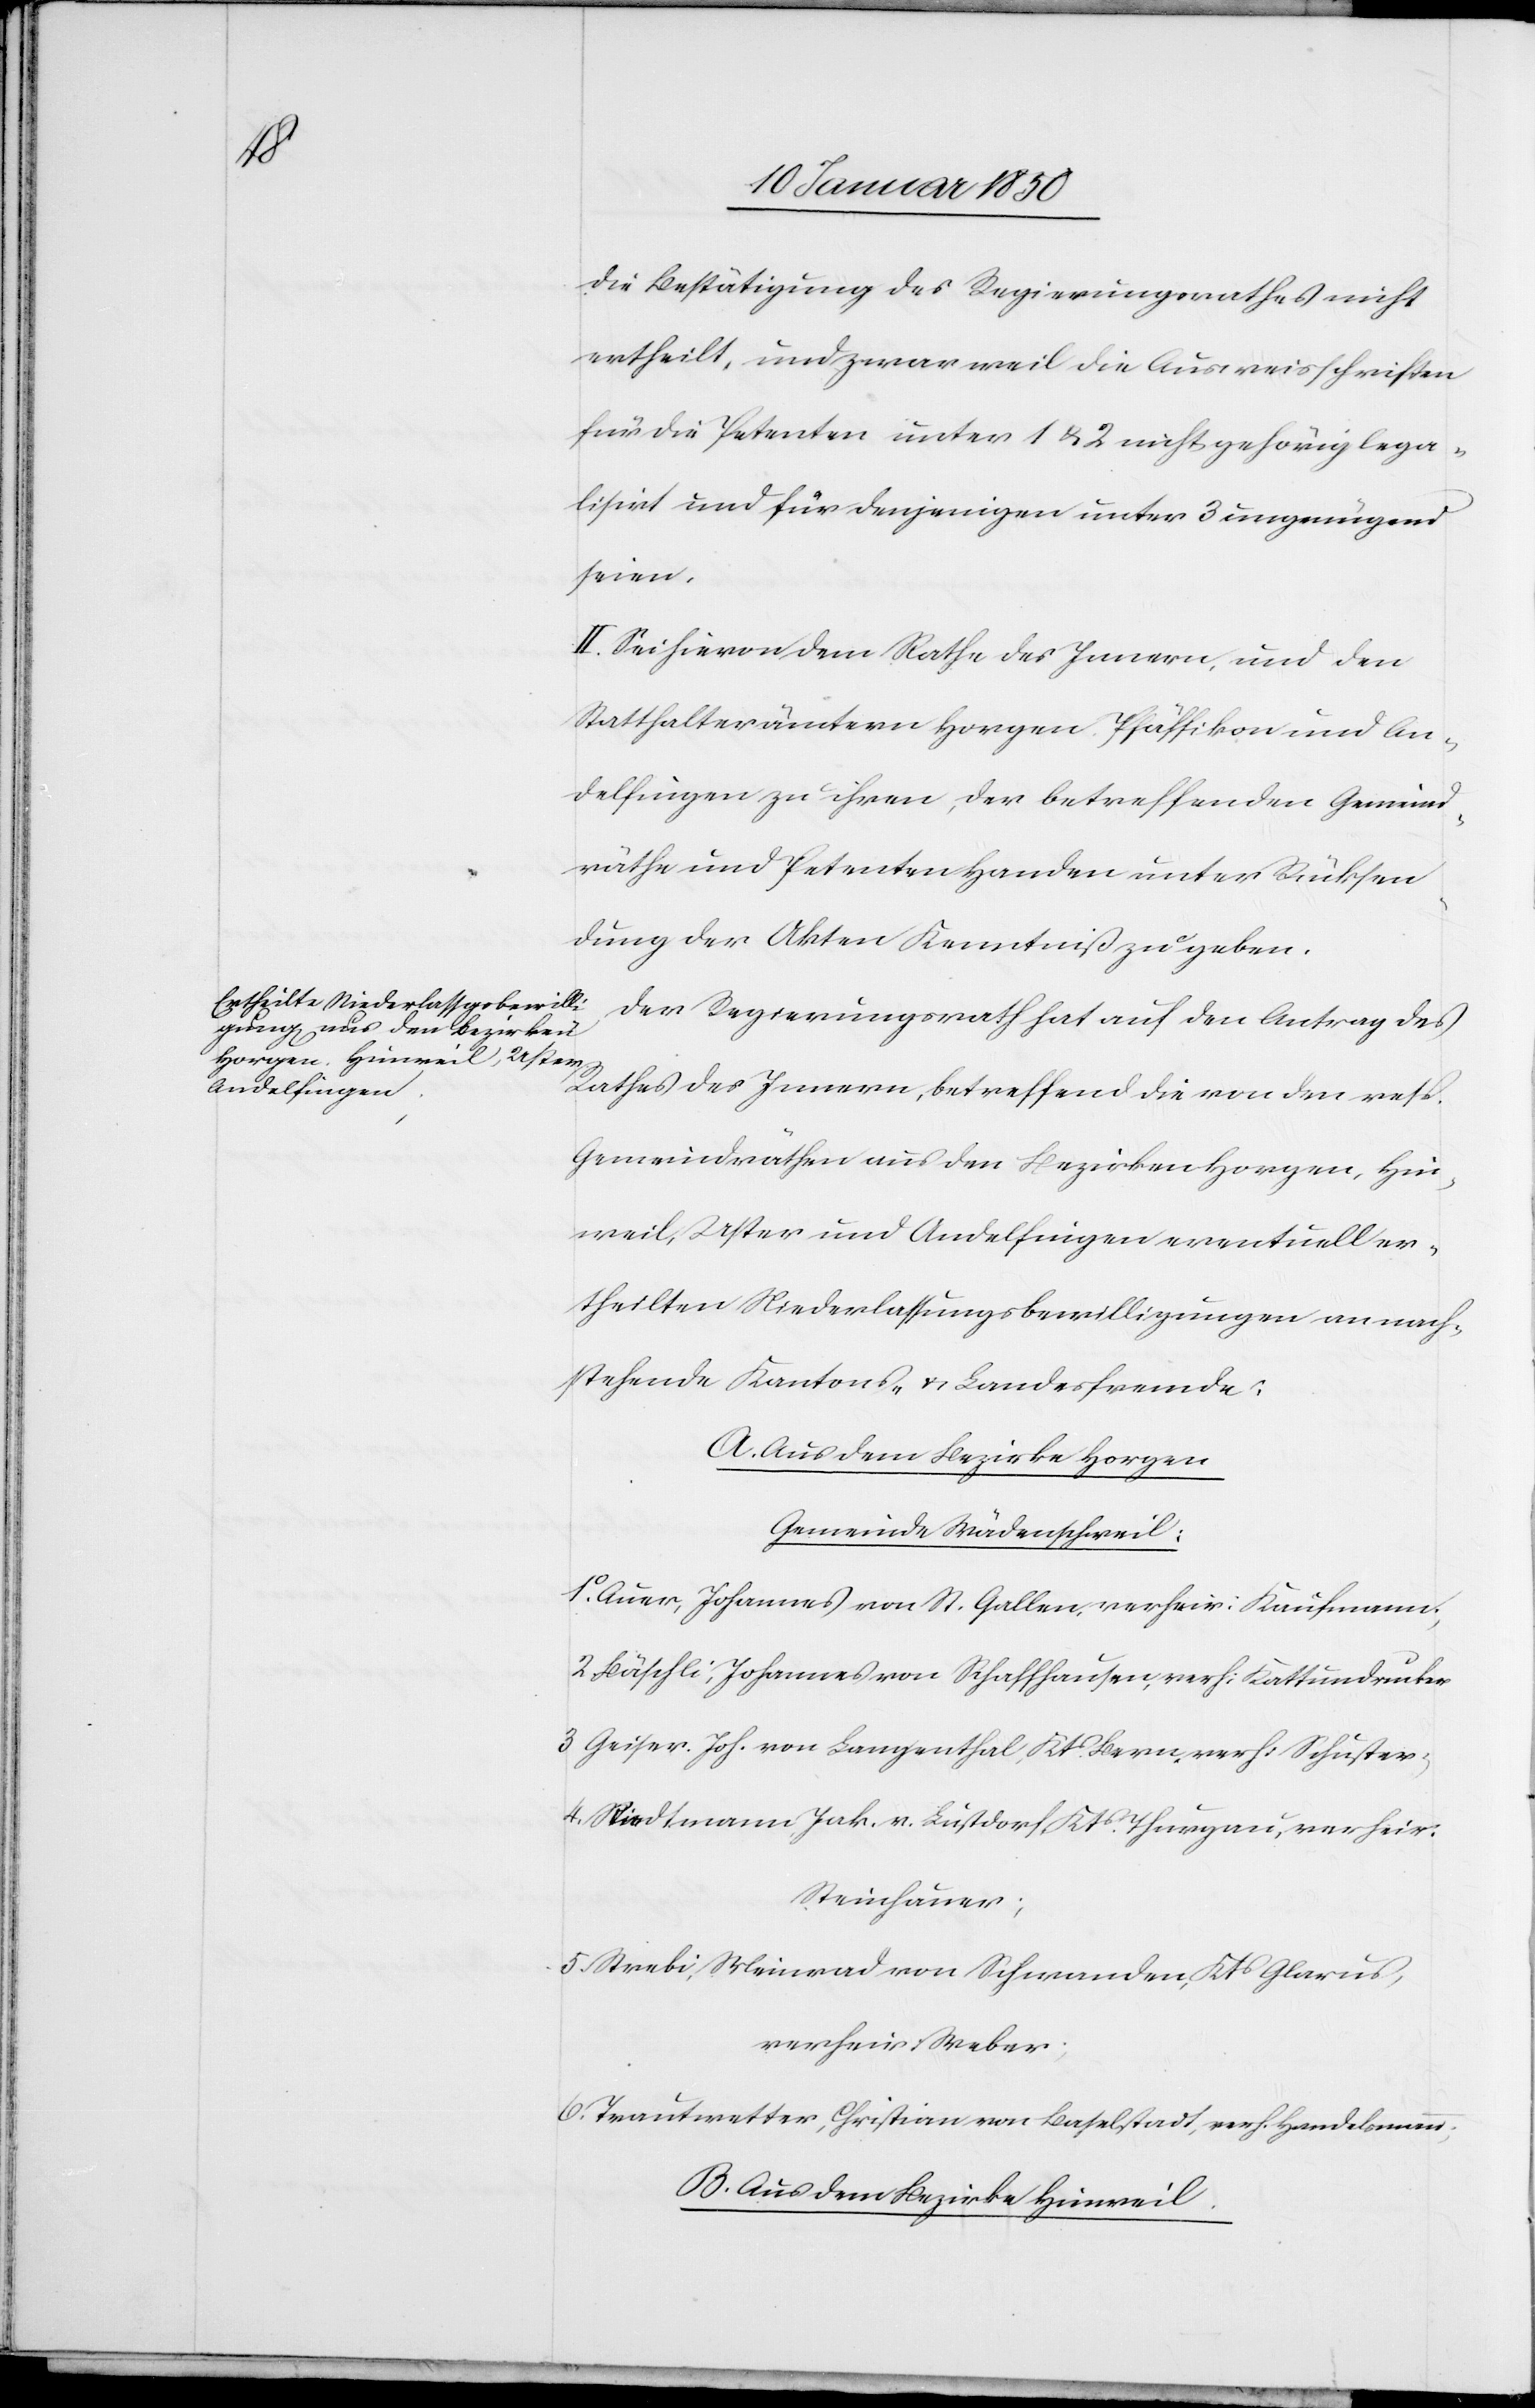
die Bestätigung des Regierungsrathes nicht
ertheilt, und zwar weil die Ausweisschriften
für die Petenten unter 1 u. 2 nicht gehörig lega¬
lisirt und für denjenigen unter 3 ungenügend
seien.
II. Sei hievon dem Rathe des Innern, und den
Statthalterämtern Horgen[,] Pfäffikon und An¬
delfingen zu ihren, der betreffenden Gemeind¬
räthe und Petenten Handen unter Rücksen¬
dung der Akten Kenntniß zu geben.
Der Regierungsrath hat auf den Antrag des
Rathes des Innern, betreffend die von den resp.
Gemeindräthen aus den Bezirken Horgen, Hin¬
weil, Uster und Andelfingen eventuell er¬
theilten Niederlassungsbewilligungen an nach¬
stehende Kantons- u. Landesfremde;
A. Aus dem Bezirke Horgen
Gemeinde Wädenschweil:
1o Auer, Johannes von St. Gallen, verheir: Kaufmann,
2 Bäschli, Johannes von Schaffhausen, verh: Kattundruker
3 Geiser. Joh. von Langenthal, Kts Bern, verh: Schuster;
4. Riedtmann Jak. v. Lustdorf, Kts Thurgau, verheir:
Steinhauer;
5. Strebi, Meinrad von Schwanden, Kts Glarus,
verheir: Weber;
6. Trautvetter, Christian von Baselstadt, verh. Handelsmann;
B. Aus dem Bezirke Hinweil.